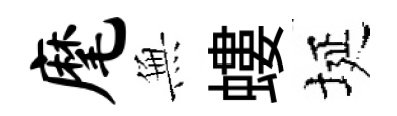
麾𭴾螻埏